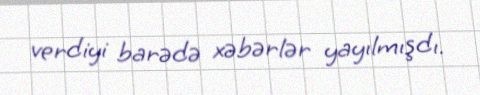
verdiyi barədə xəbərlər yayılmışdı.